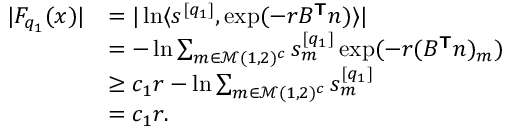
\begin{array} { r l } { | F _ { q _ { 1 } } ( \boldsymbol { x } ) | } & { = | \ln \langle \boldsymbol { s } ^ { [ q _ { 1 } ] } , \exp ( - r B ^ { \boldsymbol { \mathsf { T } } } \boldsymbol { n } ) \rangle | } \\ & { = - \ln \sum _ { m \in \mathcal { M } ( 1 , 2 ) ^ { c } } s _ { m } ^ { [ q _ { 1 } ] } \exp ( - r ( B ^ { \boldsymbol { \mathsf { T } } } \boldsymbol { n } ) _ { m } ) } \\ & { \ge c _ { 1 } r - \ln \sum _ { m \in \mathcal { M } ( 1 , 2 ) ^ { c } } s _ { m } ^ { [ q _ { 1 } ] } } \\ & { = c _ { 1 } r . } \end{array}